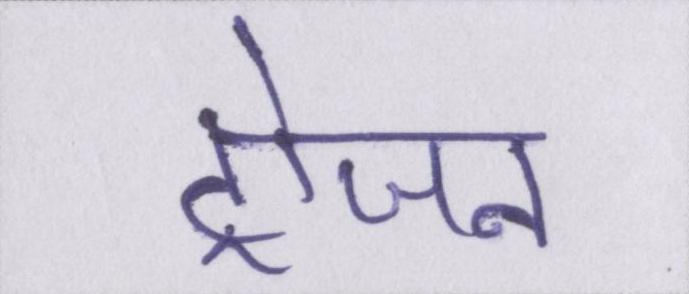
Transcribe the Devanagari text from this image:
ट्रोजन